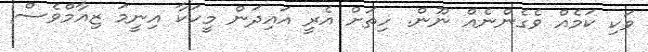
ވަކި ކަމެއް ވެގެންނެއް ނޫން. ހިތަށް އެރީ އައިދަން މީހަކާ އިނީމަ ޒިއާމްވެސް